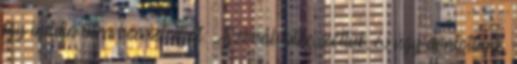
így indítja útra beosztottját: „Szóval, átbeszéltük, és úgy döntöttünk,